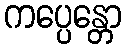
ကပ္ပေန္တော